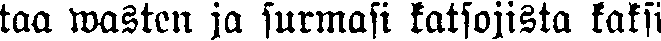
taa wasten ja surmasi katsojista kaksi